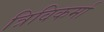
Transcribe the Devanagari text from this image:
त्रिविकर्मा